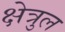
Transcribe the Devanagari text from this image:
क्षेत्रुल